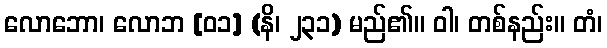
လောဘော၊ လောဘ [၀၁] (နိ၊ ၂၃၁) မည်၏။ ဝါ၊ တစ်နည်း။ တံ၊